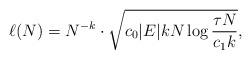
LaTeX: \begin{align*}\ell(N)= N^{-k}\cdot \sqrt{c_0 |E| k N \log \frac{\tau N}{c_1 k}},\end{align*}